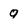
Character: q